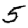
Digit: 5